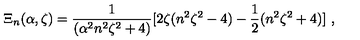
\Xi _ { n } ( \alpha , \zeta ) = \frac { 1 } { ( \alpha ^ { 2 } n ^ { 2 } \zeta ^ { 2 } + 4 ) } [ 2 \zeta ( n ^ { 2 } \zeta ^ { 2 } - 4 ) - \frac { 1 } { 2 } ( n ^ { 2 } \zeta ^ { 2 } + 4 ) ] \ ,